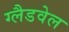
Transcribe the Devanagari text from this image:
ग्लैडवेल